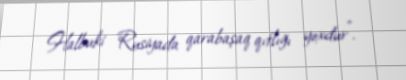
Halbuki Rusiyada qarabaşaq qıtlığı yoxdur".